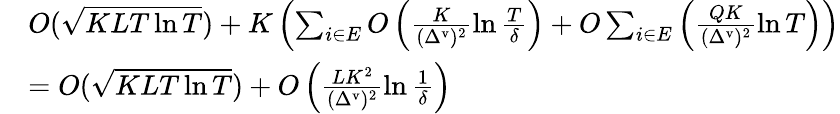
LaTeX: \begin{array}{rl}&{O(\sqrt{KLT\ln T})+K\left(\sum_{i\in E}O\left(\frac{K}{(\Delta^{\mathrm{v}})^{2}}\ln\frac{T}{\delta}\right)+O\sum_{i\in E}\left(\frac{QK}{(\Delta^{\mathrm{v}})^{2}}\ln T\right)\right)}\\ &{=O(\sqrt{KLT\ln T})+O\left(\frac{LK^{2}}{(\Delta^{\mathrm{v}})^{2}}\ln\frac{1}{\delta}\right)}\end{array}